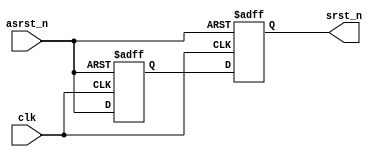
// , 

module RstGen(
    input           clk,
    input           asrst_n,
    output wire     srst_n
);

reg  asrst_n_d1, asrst_n_d2;

always @(posedge clk or negedge asrst_n) begin
    if (!asrst_n) begin
        asrst_n_d1 <= 1'b0;
        asrst_n_d2 <= 1'b0;
    end
    else begin
        asrst_n_d1 <= asrst_n;
        asrst_n_d2 <= asrst_n_d1;
    end
end

assign srst_n = asrst_n_d2;

endmodule